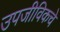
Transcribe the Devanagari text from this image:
उपजीविकचे